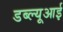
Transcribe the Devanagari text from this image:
डब्ल्यूआई